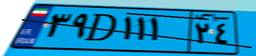
۹۷D۹۵۷۸۸